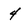
Character: 4